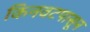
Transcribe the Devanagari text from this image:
किनवटपासून